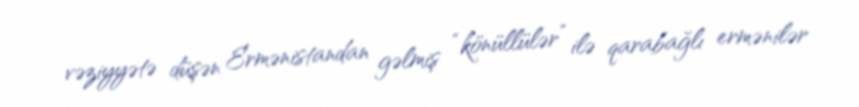
vəziyyətə düşən Ermənistandan gəlmiş “könüllülər” ilə qarabağlı ermənilər